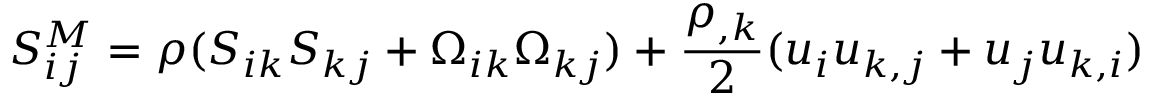
S _ { i j } ^ { M } = \rho ( S _ { i k } S _ { k j } + \Omega _ { i k } \Omega _ { k j } ) + \frac { \rho _ { , k } } { 2 } ( u _ { i } u _ { k , j } + u _ { j } u _ { k , i } )